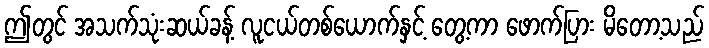
ဤတွင် အသက်သုံးဆယ်ခန့် လူငယ်တစ်ယောက်နှင့် တွေ့ကာ ဖောက်ပြား မိတော့သည်